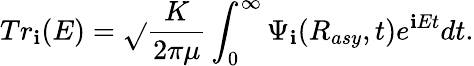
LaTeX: Tr_{\mathbf{i}}(E)=\sqrt{}{{\frac{{K}}{{2\pi\mu}}}}\int_{0}^{\infty}\Psi_{\mathbf{i}}(R_{asy},t)e^{\mathbf{i}Et}dt.